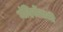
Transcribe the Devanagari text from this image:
मंदिरोंवाली